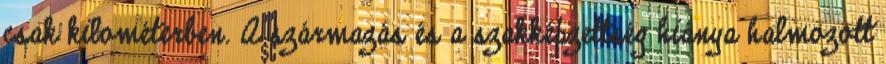
csak kilométerben. A származás és a szakképzettség hiánya halmozott